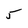
Character: 5